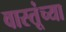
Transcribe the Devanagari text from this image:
वास्तूंच्या